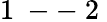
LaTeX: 1\mathrm{~--~}2\